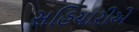
સહિયારીએ